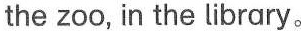
the zoo, in the library。